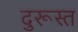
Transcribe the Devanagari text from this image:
दुरूस्‍त